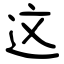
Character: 这